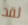
لقد